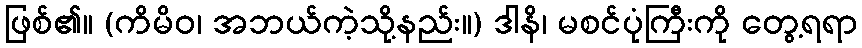
ဖြစ်၏။ (ကိမိဝ၊ အဘယ်ကဲ့သို့နည်း။) ဒါနိ၊ မစင်ပုံကြီးကို တွေ့ရရာ